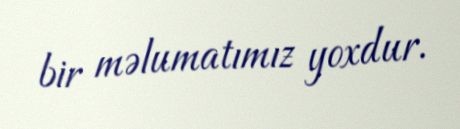
bir məlumatımız yoxdur.